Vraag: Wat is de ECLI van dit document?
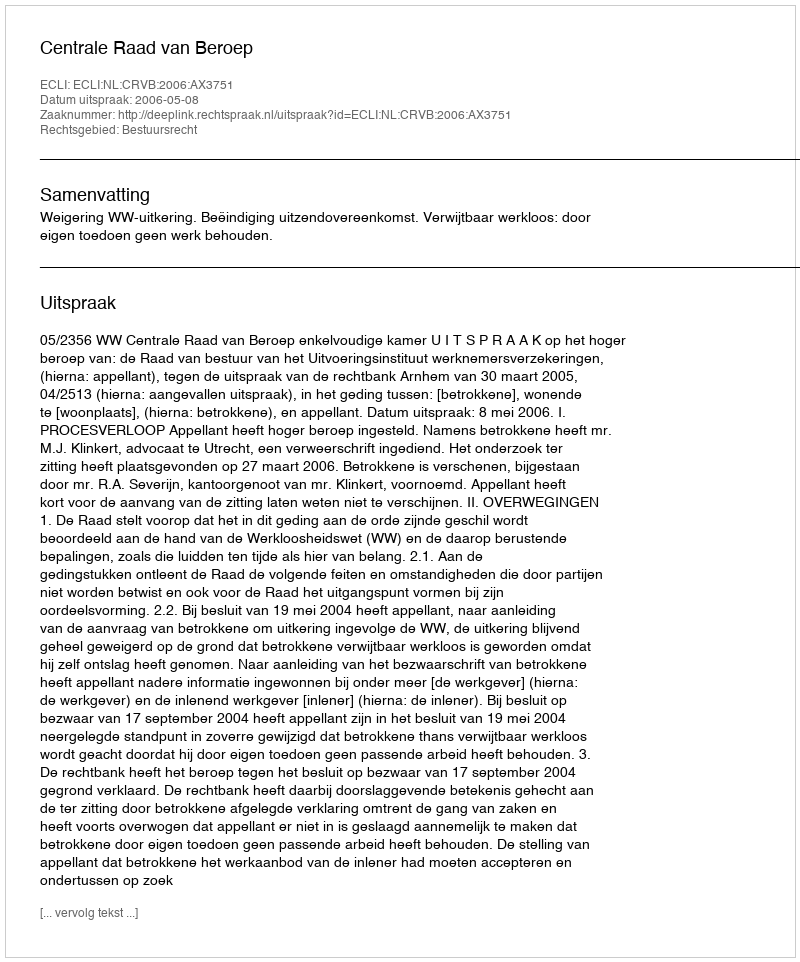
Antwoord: ECLI:NL:CRVB:2006:AX3751